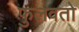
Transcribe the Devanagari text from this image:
फुलवतो